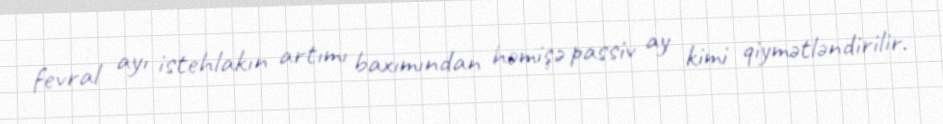
fevral ayı istehlakın artımı baxımından həmişə passiv ay kimi qiymətləndirilir.